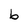
Character: b